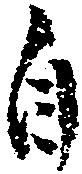
自